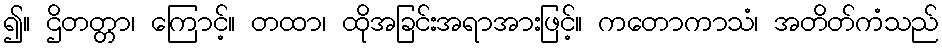
၍။ ဌိတတ္တာ၊ ကြောင့်။ တထာ၊ ထိုအခြင်းအရာအားဖြင့်။ ကတောကာသံ၊ အတိတ်ကံသည်